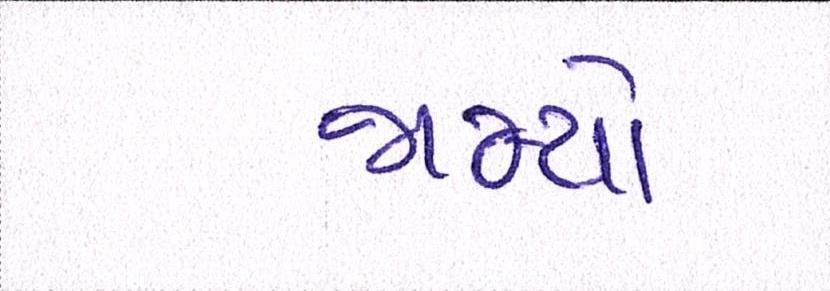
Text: જામ્યો